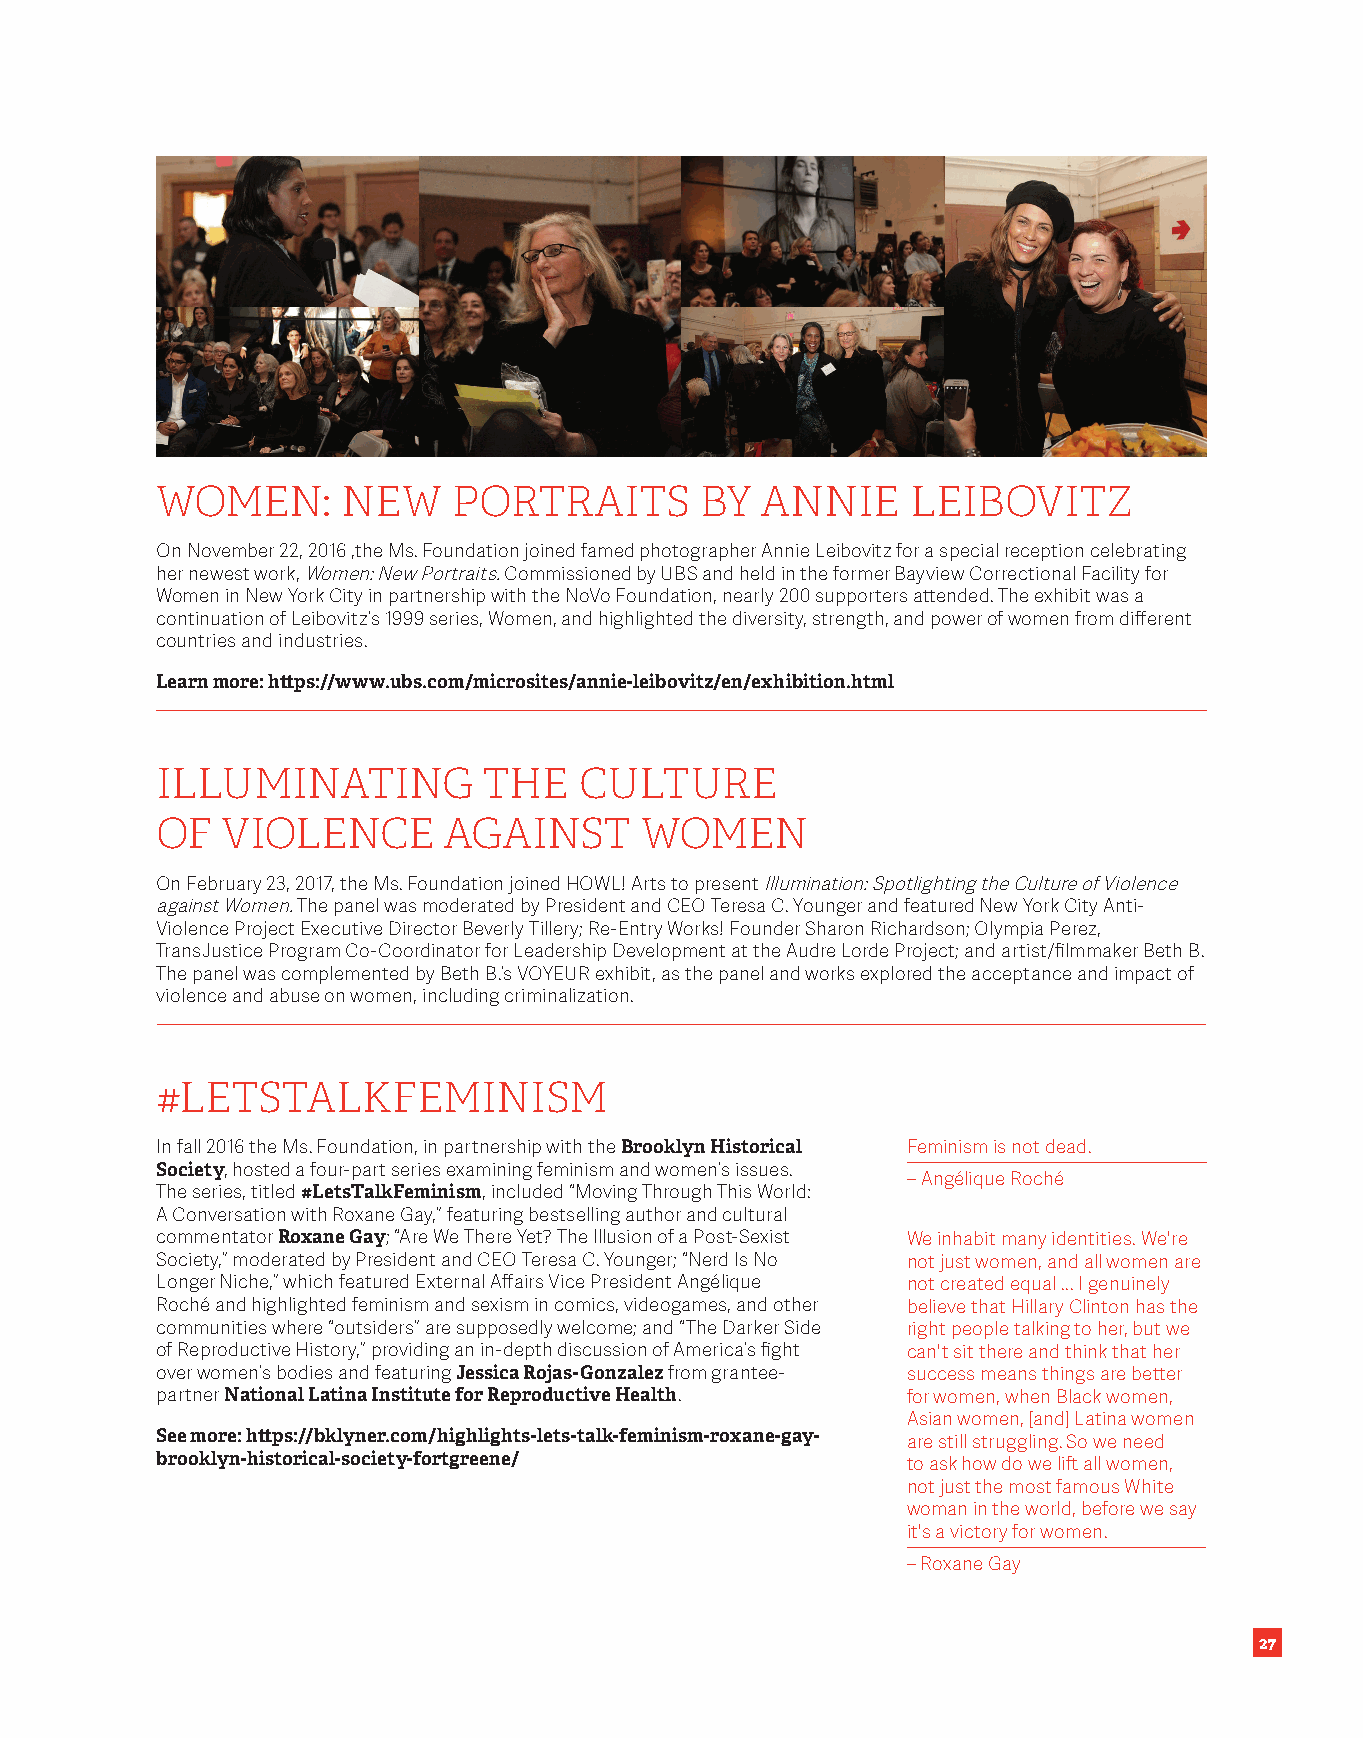
WOMEN:       NEW    PORTRAITS       BY  ANNIE     LEIBOVITZ
 On November 22, 2016 ,the Ms . Foundation joined famed photographer Annie Leibovitz for a special reception celebrating
 her newest work, Women: New Portraits . Commissioned by UBS and held in the former Bayview Correctional Facility for
 Women in New York City in partnership with the NoVo Foundation, nearly 200 supporters attended . The exhibit was a
 continuation of Leibovitz’s 1999 series, Women, and highlighted the diversity, strength, and power of women from different
 countries and industries .
 Learn more: https://www.ubs.com/microsites/annie-leibovitz/en/exhibition.html
 ILLUMINATING          THE   CULTURE
 OF   VIOLENCE      AGAINST      WOMEN
 On February 23, 2017, the Ms . Foundation joined HOWL! Arts to present Illumination: Spotlighting the Culture of Violence
 against Women . The panel was moderated by President and CEO Teresa C . Younger and featured New York City Anti-
 Violence Project Executive Director Beverly Tillery; Re-Entry Works! Founder Sharon Richardson; Olympia Perez,
 TransJustice Program Co-Coordinator for Leadership Development at the Audre Lorde Project; and artist/filmmaker Beth B .
 The panel was complemented by Beth B .’s VOYEUR exhibit, as the panel and works explored the acceptance and impact of
 violence and abuse on women, including criminalization .
 #LETSTALKFEMINISM
 In fall 2016 the Ms . Foundation, in partnership with the Brooklyn Historical Feminism is not dead .
 Society, hosted a four-part series examining feminism and women’s issues .
 – Angélique Roché
 The series, titled #LetsTalkFeminism, included “Moving Through This World:
 A Conversation with Roxane Gay,” featuring bestselling author and cultural
 commentator Roxane Gay; “Are We There Yet? The Illusion of a Post-Sexist We inhabit many identities . We're
 Society,” moderated by President and CEO Teresa C . Younger; “Nerd Is No not just women, and all women are
 Longer Niche,” which featured External Affairs Vice President Angélique not created equal  . . . I genuinely
 Roché and highlighted feminism and sexism in comics, videogames, and other believe that Hillary Clinton has the
 communities where “outsiders” are supposedly welcome; and “The Darker Side right people talking to her, but we
 of Reproductive History,” providing an in-depth discussion of America’s fight can't sit there and think that her
 over women’s bodies and featuring Jessica Rojas-Gonzalez from grantee- success means things are better
 partner National Latina Institute for Reproductive Health . for women, when Black women,
 Asian women, [and] Latina women
 See more: https://bklyner.com/highlights-lets-talk-feminism-roxane-gay- are still struggling . So we need
 brooklyn-historical-society-fortgreene/           to ask how do we lift all women,
 not just the most famous White
 woman in the world, before we say
 it's a victory for women .
 – Roxane Gay
 27